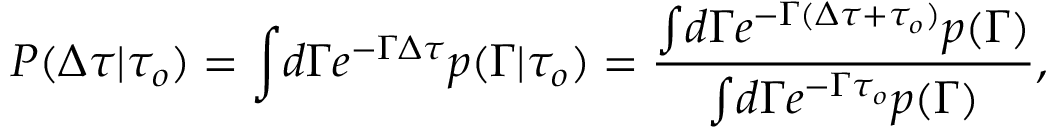
P ( \Delta \tau \vert \tau _ { o } ) = \int \! d \Gamma e ^ { - \Gamma \Delta \tau } p ( \Gamma \vert \tau _ { o } ) = \frac { \int \! d \Gamma e ^ { - \Gamma ( \Delta \tau + \tau _ { o } ) } p ( \Gamma ) } { \int \! d \Gamma e ^ { - \Gamma \tau _ { o } } p ( \Gamma ) } ,